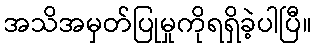
အသိအမှတ်ပြုမှုကိုရရှိခဲ့ပါပြီ။